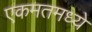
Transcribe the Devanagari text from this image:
एकमतमध्ये